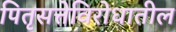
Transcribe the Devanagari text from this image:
पितृसत्तेविरोधातील